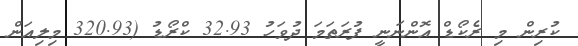
ކުރިން މި ރެކޯޑް އޮންނަނީ ފުރަތަމަ ދުވަހު 32.93 ކްރޯޑު (320.93 މިލިއަން